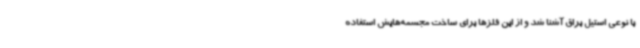
با نوعی استیل براق آشنا شد و از این فلزها برای ساخت مجسمه‌هایش استفاده